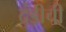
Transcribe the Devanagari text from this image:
दंडीची